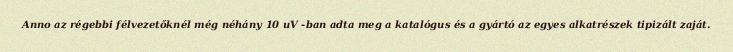
Anno az régebbi félvezetőknél még néhány 10 uV -ban adta meg a katalógus és a gyártó az egyes alkatrészek tipizált zaját.